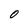
Character: O